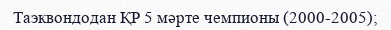
Таэквондодан ҚР 5 мәрте чемпионы (2000-2005);